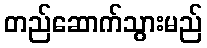
တည်ဆောက်သွားမည်